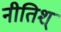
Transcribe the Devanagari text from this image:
नीतिश्